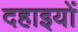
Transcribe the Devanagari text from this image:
दहाइयों